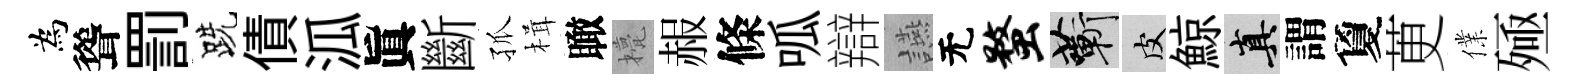
為聳罰跣債泒眞斷孤楫瞰甍赧條呱辯讌无蝥蔪皮鯨真謂夐茰㒒殛